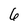
Character: 6